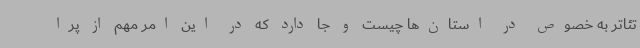
تئاتر به خصوص در استان‌ها چیست و جا دارد که در این امر مهم از پرا